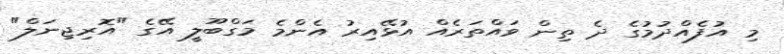
މި އުފެއްދުމުގެ ދެ ތިން ވައްތަރެއް އުޅޭއިރު އެންމެ މަގްބޫލީ އޭގެ "އޮރިޖިނަލް"